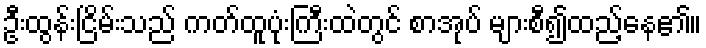
ဦးထွန်းငြိမ်းသည် ကတ်ထူပုံးကြီးထဲတွင် စာအုပ် များစီ၍ထည့်နေ၏။